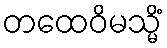
တထေဝိမသ္မိံ